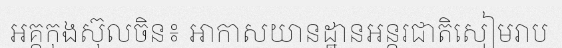
អគ្គកុងស៊ុលចិន៖ អាកាសយានដ្ឋានអន្តរជាតិសៀមរាប